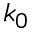
k _ { 0 }